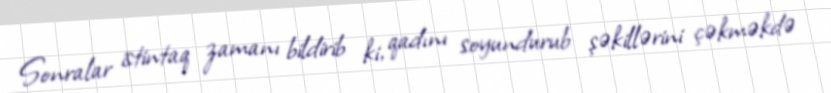
Sonralar istintaq zamanı bildirib ki, qadını soyundurub şəkillərini çəkməkdə